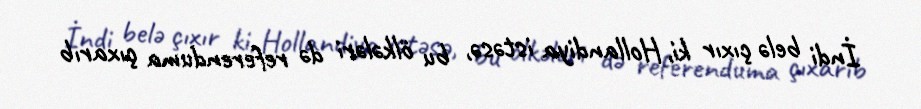
İndi belə çıxır ki, Hollandiya istəsə, bu ölkələri də referenduma çıxarıb